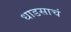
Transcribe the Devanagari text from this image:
धाडसाचं